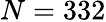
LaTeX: N=332